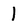
Character: l